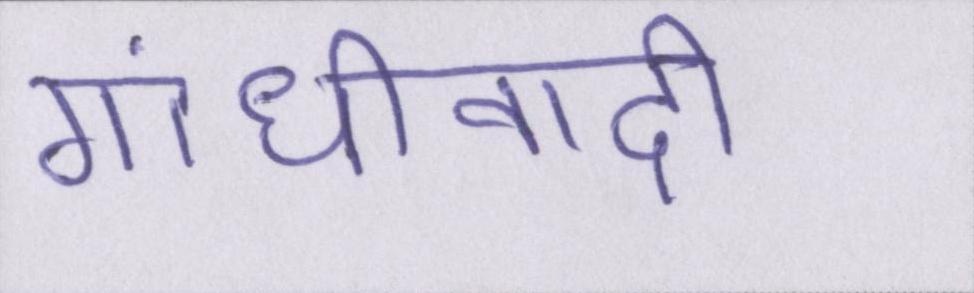
गांधीवादी